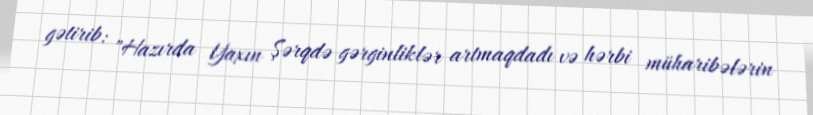
gətirib: "Hazırda Yaxın Şərqdə gərginliklər artmaqdadı və hərbi müharibələrin